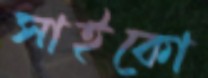
সাইকো